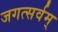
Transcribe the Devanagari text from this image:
जगत्सर्वम्